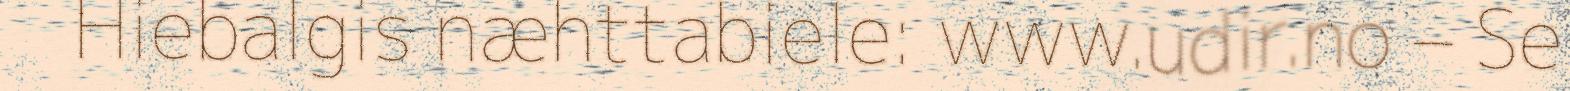
Hiebalgis næhttabiele: www.udir.no – Se